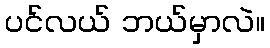
ပင်လယ် ဘယ်မှာလဲ။